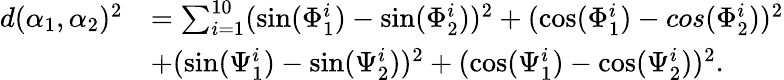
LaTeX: \begin{array}{rl}{d(\alpha_{1},\alpha_{2})^{2}}&{=\sum_{i=1}^{10}(\sin(\Phi_{1}^{i})-\sin(\Phi_{2}^{i}))^{2}+(\cos(\Phi_{1}^{i})-cos(\Phi_{2}^{i}))^{2}}\\ &{+(\sin(\Psi_{1}^{i})-\sin(\Psi_{2}^{i}))^{2}+(\cos(\Psi_{1}^{i})-\cos(\Psi_{2}^{i}))^{2}.}\end{array}